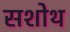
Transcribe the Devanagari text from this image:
सशोथ